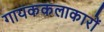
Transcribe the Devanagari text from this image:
गायककलाकारों